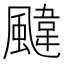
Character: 颹